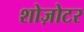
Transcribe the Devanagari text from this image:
शोज़ोटर